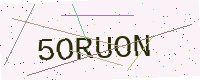
Text: 5ORUON